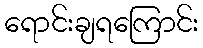
ရောင်းချရကြောင်း